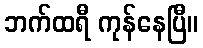
ဘက်ထရီ ကုန်နေပြီ။